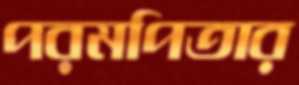
পরমপিতার